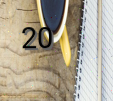
20